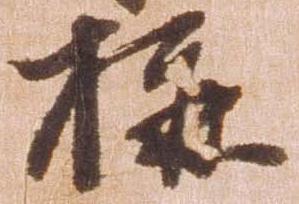
構